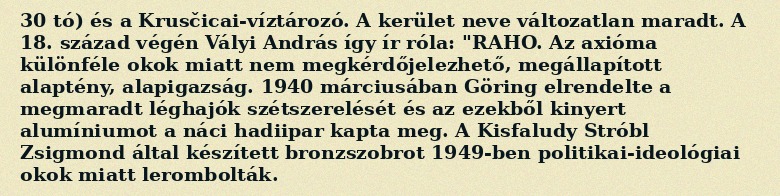
30 tó) és a Krusčicai-víztározó. A kerület neve változatlan maradt. A 18. század végén Vályi András így ír róla: "RAHO. Az axióma különféle okok miatt nem megkérdőjelezhető, megállapított alaptény, alapigazság. 1940 márciusában Göring elrendelte a megmaradt léghajók szétszerelését és az ezekből kinyert alumíniumot a náci hadiipar kapta meg. A Kisfaludy Stróbl Zsigmond által készített bronzszobrot 1949-ben politikai-ideológiai okok miatt lerombolták.